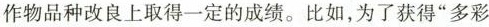
作物品种改良上取得一定的成绩。比如，为了获得”多彩